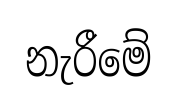
නැරීමේ